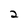
Character: 2